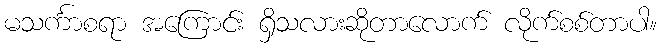
မသင်္ကာစရာ အကြောင်း ရှိသလားဆိုတာလောက် လိုက်စစ်တာပါ။